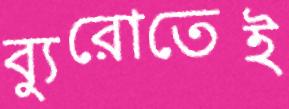
ব্যুরোতেই